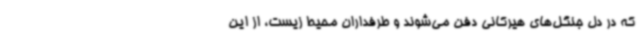
که در دل جنگل‌های هیرکانی دفن می‌شوند و طرفداران محیط زیست، از این